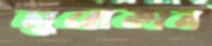
লুবোকান